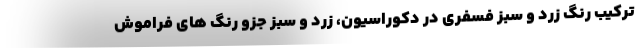
ترکیب رنگ زرد و سبز فسفری در دکوراسیون، زرد و سبز جزو رنگ های فراموش